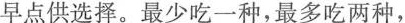
早点供选择。最少吃一种，最多吃两种，